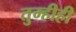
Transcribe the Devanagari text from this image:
तुम्हीही